Insane asylums in Bengal annual reports 1876-1887 - 1876-1887
Year: 1876
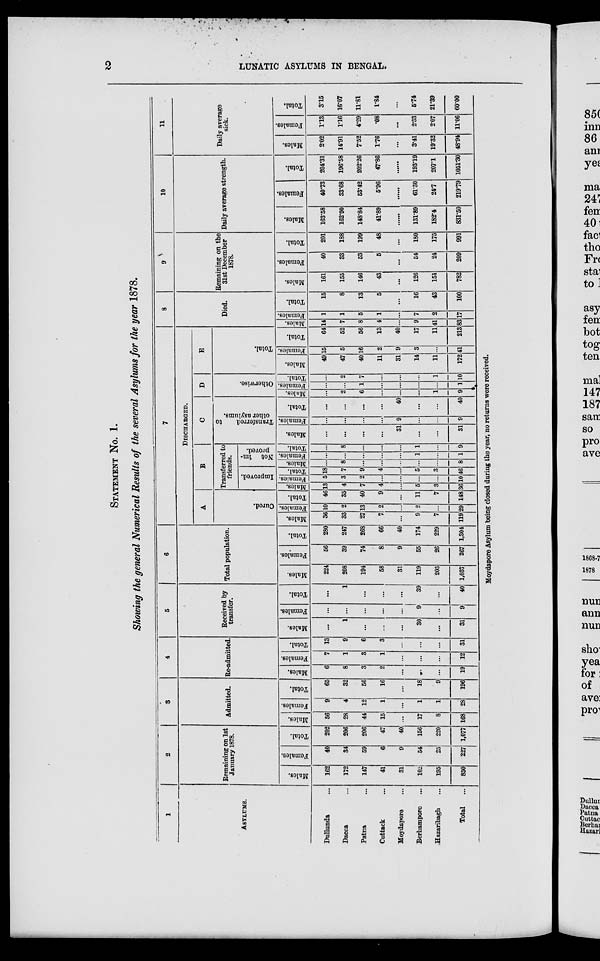
2
LUNATIC ASYLUMS IN BENGAL.
STATEMENT No. 1.
Showing the general Numerical Results of the several Asylums for the year 1878.
1
ASYLUMS.
Dullunda ...
Dacca ...
Patna ...
Cuttack ...
Moydapore ...
Berhampore ...
Hazaribagh ...
Total
...
2
Remaining on 1st
January 1878.
Males.
162
172
147
41
31
102
195
850
Females.
40
34
59
6
9
54
25
227
Total.
202
206
206
47
40
156
220
1,077
3
Admitted.
Males.
56
28
44
15
...
17
8
168
Females.
9
4
12
1
...
1
1
28
Total.
65
32
56
16
...
18
9
196
4
Re-admitted.
Males.
6
8
3
2
...
..
...
19
Females.
7
1
3
1
...
...
...
12
Total.
13
9
6
3
...
...
...
31
5
Received by
transfer.
Males.
...
1
...
...
...
30
...
31
Females.
...
...
...
...
...
9
...
9
Total.
...
1
...
...
...
39
...
40
6
Total population.
Males.
224
208
194
58
31
119
203
1,037
Females.
56
39
74
8
9
55
26
267
Total.
280
247
268
66
40
174
229
1,304
7
DISCHARGED.
A
Cured.
Males.
36
33
27
7
...
9
7
119
Females.
10
2
13
2
...
2
...
29
Total.
46
35
40
9
...
11
7
148
B
Transferred to
friends.
Improved.
Males.
13
4
7
4
...
5
3
36
Females.
5
3
2
...
...
...
...
10
Total.
18
7
9
4
...
5
3
46
Not im-
proved.
Males.
...
8
...
...
...
...
...
8
Females.
...
...
...
...
...
1
...
1
Total.
...
8
...
...
...
1
...
9
C
Transferred
to
other asylums.
Males.
...
...
...
...
31
...
...
31
Females.
...
...
...
...
9
...
...
9
Total.
...
...
...
...
40
...
...
40
D
Otherwise.
Males.
...
2
6
...
...
...
1
9
Females.
...
...
1
...
...
...
...
1
Total.
...
2
7
...
...
...
1
10
E
Total.
Males.
49
47
40
11
31
14
11
172
Females.
15
5
16
2
9
3
...
41
Total.
64
52
56
13
40
17
11
213
8
Died.
Males.
14
7
8
4
...
9
41
83
Females.
1
1
5
1
...
7
2
17
Total.
15
8
13
5
...
16
43
100
9
Remaining on the
31st December
1878.
Males.
161
155
146
43
...
126
151
782
Females.
40
33
53
5
...
54
24
209
Total.
201
188
199
48
...
180
175
991
10
Daily average strength.
Males.
163.58
162.90
148.84
41.89
......
131.89
182.4
831.50
Females.
40.73
33.68
53.42
5.96
......
61.30
24.7
219.79
Total.
204.31
196.58
202.26
47.86
......
193.19
207.1
1051.30
11
Daily average
sick.
Males.
2.02
14.91
7.52
1.76
...
3.41
19.32
48.94
Females.
1.13
1.16
4.29
.08
...
2.33
2.07
11.06
Total.
3.15
16.07
11.81
1.84
...
5.74
21.39
60.00
Moydapore Asylum being closed during the year, no returns were received.